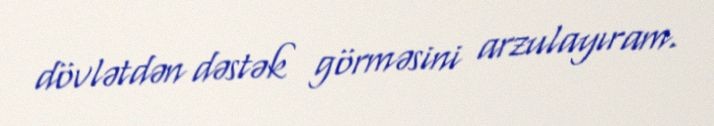
dövlətdən dəstək görməsini arzulayıram.